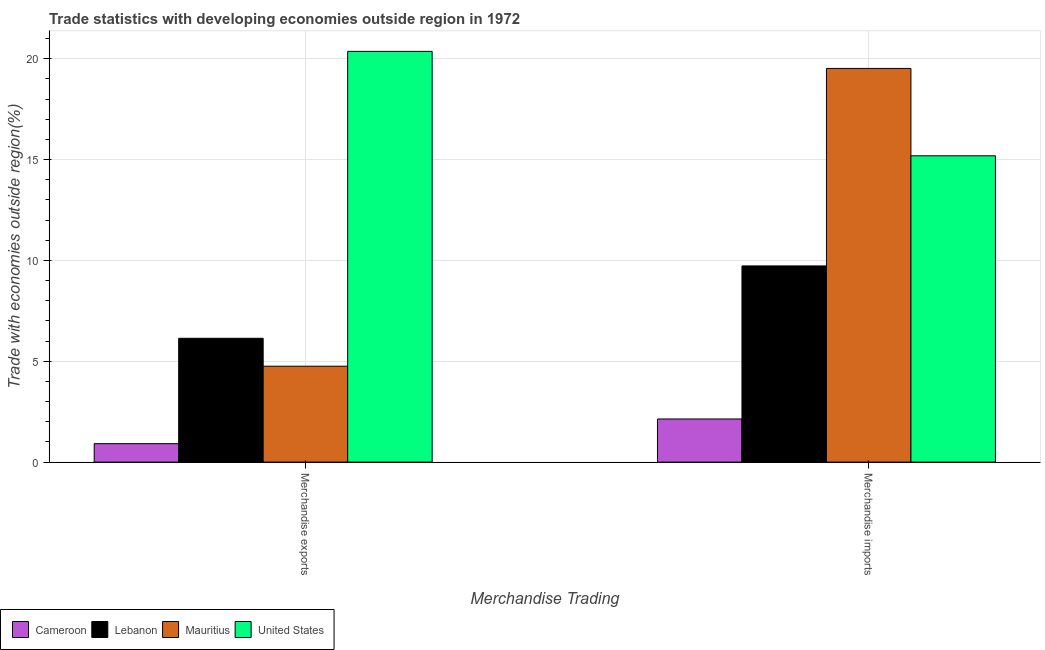
| Merchandise Trading | Cameroon | Lebanon | Mauritius | United States |
 | --- | --- | --- | --- | --- |
 | Merchandise exports | 0.915 | 6.14 | 4.76 | 20.4 |
 | Merchandise imports | 2.14 | 9.73 | 19.5 | 15.2 |